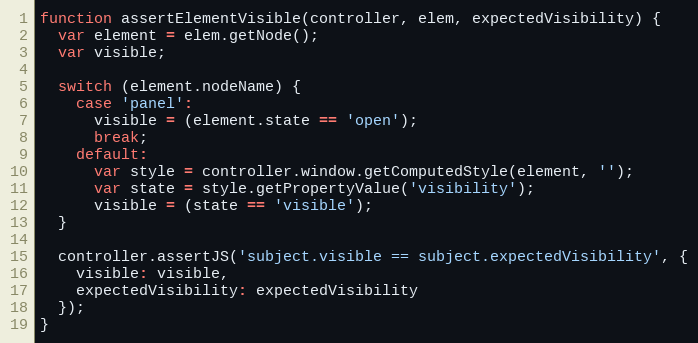
Language: JavaScript
function assertElementVisible(controller, elem, expectedVisibility) {
  var element = elem.getNode();
  var visible;

  switch (element.nodeName) {
    case 'panel':
      visible = (element.state == 'open');
      break;
    default:
      var style = controller.window.getComputedStyle(element, '');
      var state = style.getPropertyValue('visibility');
      visible = (state == 'visible');
  }

  controller.assertJS('subject.visible == subject.expectedVisibility', {
    visible: visible,
    expectedVisibility: expectedVisibility
  });
}